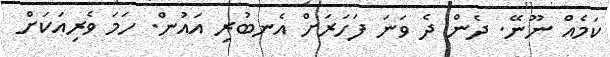
ކަމެއް ނޫނޭ. ދެން ދެ ވަނަ ފަހަރަށް އެނބުރި އައުން. ހަމަ ވެރިއަކަށް